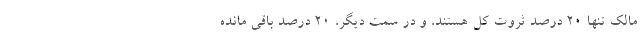
مالک تنها ۲۰ درصد ثروت کل هستند، و در سمت دیگر، ۲۰ درصد باقی مانده